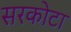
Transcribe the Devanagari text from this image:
सरकोटा